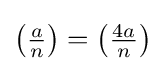
\left({\tfrac {a}{n}}\right)=\left({\tfrac {4a}{n}}\right)